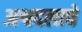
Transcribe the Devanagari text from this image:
अश्वदलाचे